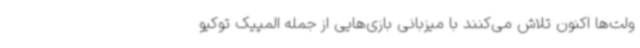
ولت‌ها اکنون تلاش می‌کنند با میزبانی بازی‌هایی از جمله المپیک توکیو